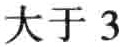
大于 3